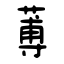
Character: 蒪